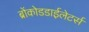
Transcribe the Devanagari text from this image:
ब्रोंकोडडाईलेटर्स